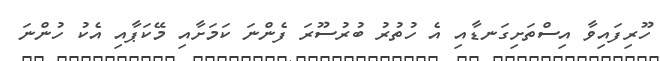
ހޫރިފައިވާ އިސްތަށިގަނޑާއި އެ ހުތުރު ބުރުސޫރަ ފެންނަ ކަމަށާއި މޭކަޕާއި އެކު ހުންނަ